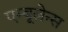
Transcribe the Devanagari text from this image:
एम्‍बूलेन्‍स